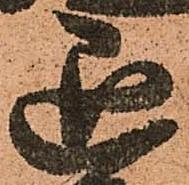
退